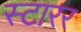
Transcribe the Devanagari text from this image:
स्टारर